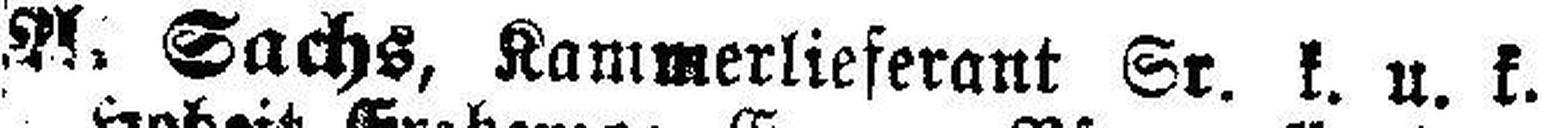
A. Sachs, Kammerlieferant Sr. k. u. k.